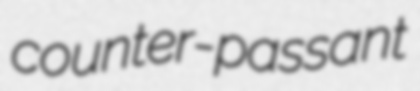
counter-passant